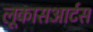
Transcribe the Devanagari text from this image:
लूकासआर्टस